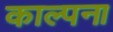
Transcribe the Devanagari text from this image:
काल्पना